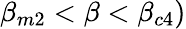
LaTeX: \beta_{m2}<\beta<\beta_{c4})